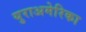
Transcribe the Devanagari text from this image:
युराअमेरिका